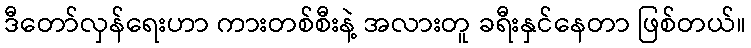
ဒီတော်လှန်ရေးဟာ ကားတစ်စီးနဲ့ အလားတူ ခရီးနှင်နေတာ ဖြစ်တယ်။